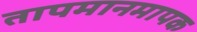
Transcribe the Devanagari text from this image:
तापमानमापक